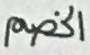
الخصم